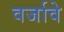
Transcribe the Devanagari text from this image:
वर्जावे